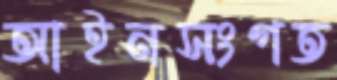
আইনসংগত